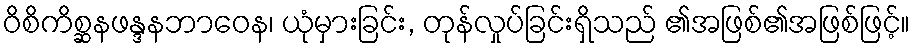
ဝိစိကိစ္ဆနဖန္ဒနဘာဝေန၊ ယုံမှားခြင်း, တုန်လှုပ်ခြင်းရှိသည် ၏အဖြစ်၏အဖြစ်ဖြင့်။